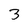
Character: 3